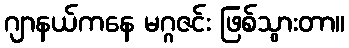
ဂျာနယ်ကနေ မဂ္ဂဇင်း ဖြစ်သွားတာ။